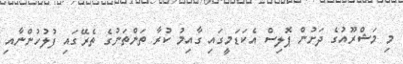
މި މަޝްރޫއުގެ ދަށުން ޕޮލިސް އެކަޑަމީގައި ގާއިމު ކުރާ ތަންތަނުގެ ތެރޭގައި ފުލުހުންނާއި